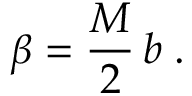
\beta = \frac { M } { 2 } \, b \; .